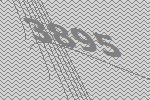
3895